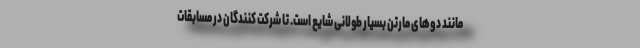
مانند دوهای مارتن بسیار طولانی شایع است. تا شرکت کنندگان در مسابقات